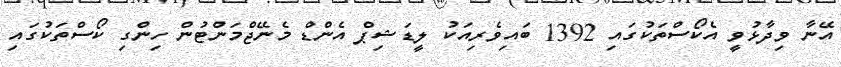
އޭނާ ވިދާޅުވީ އެކޯސްތަކުގައި 1392 ބައިވެރިއަކު ލީޑަޝިޕް އެންޑް މެނޭޖްމަންޓުން ހިންގި ކޯސްތަކުގައި